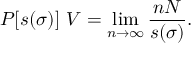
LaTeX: P [ s ( \sigma ) ] ~ { V } = \operatorname * { l i m } _ { n \to \infty } \frac { n N } { s ( \sigma ) } .